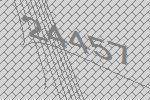
24457